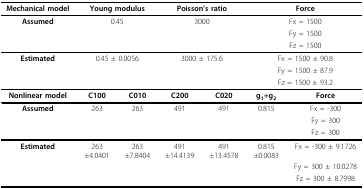
| Mechanical model | <COLSPAN=2> Young modulus | <COLSPAN=2> Poisson's ratio | <COLSPAN=2> Force |
 | --- | --- | --- | --- | --- | --- | --- |
 | Assumed | <COLSPAN=2> 0.45 | <COLSPAN=2> 3000 | <COLSPAN=2> Fx = 1500 |
 |  |  |  |  |  | <COLSPAN=2> Fy = 1500 |
 |  |  |  |  |  | <COLSPAN=2> Fz = 1500 |
 | Estimated | <COLSPAN=2> 0.45 ± 0.0056 | <COLSPAN=2> 3000 ± 175.6 | <COLSPAN=2> Fx = 1500 ± 90.8 |
 |  |  |  |  |  | <COLSPAN=2> Fy = 1500 ± 87.9 |
 |  |  |  |  |  | <COLSPAN=2> Fz = 1500 ± 93.2 |
 | Nonlinear model | C100 | C010 | C200 | C020 | g1+g2 | Force |
 | Assumed | 263 | 263 | 491 | 491 | 0.815 | Fx = -300 |
 |  |  |  |  |  |  | Fy = 300 |
 |  |  |  |  |  |  | Fz = 300 |
 | Estimated | 263±4.0401 | 263±7.8404 | 491±14.4139 | 491±13.4578 | 0.815±0.0083 | Fx = -300 ± 9.1726 |
 |  |  |  |  |  |  | Fy = 300 ± 10.0278 |
 |  |  |  |  |  |  | Fz = 300 ± 8.7998 |